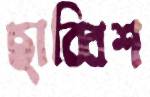
ছাব্বিশ